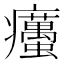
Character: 𤼚